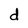
Character: d